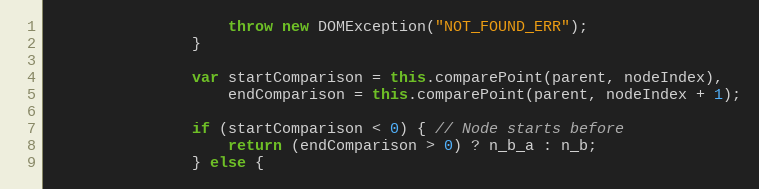
Language: JavaScript
                    throw new DOMException("NOT_FOUND_ERR");
                }

                var startComparison = this.comparePoint(parent, nodeIndex),
                    endComparison = this.comparePoint(parent, nodeIndex + 1);

                if (startComparison < 0) { // Node starts before
                    return (endComparison > 0) ? n_b_a : n_b;
                } else {